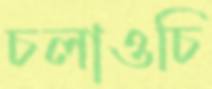
চলাওচি